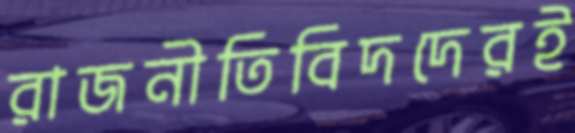
রাজনীতিবিদদেরই